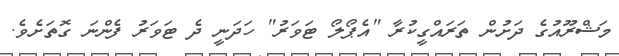
މަޝްރޫއުގެ ދަށުން ތަރައްގީކުރާ "އެޕޯލޯ ޓަވަރު" ހަދަނީ ދެ ޓަވަރު ފެންނަ ގޮތަށެވެ.